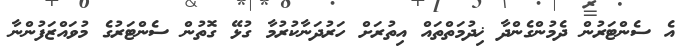
އެ ސެންޓަރުން ދެމުންގެންދާ ޚިދުމަތްތައް އިތުރަށް ހަރުދަނާކުރުމާ ގުޅޭ ގޮތުން ސެންޓަރުގެ މުވައްޒަފުންނާ